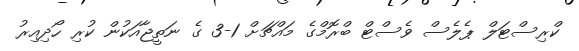
ކްރިސްޓަލް ޕެލެސް ވެސްޓް ބްރޮމްގެ މައްޗަށް 1-3 ގެ ނަތީޖާއަކުން ކުރި ހޯދިއިރު